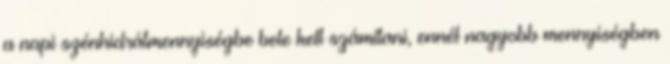
a napi szénhidrátmennyiségbe bele kell számítani, ennél nagyobb mennyiségben